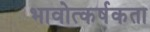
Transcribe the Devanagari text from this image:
भावोत्कर्षकता